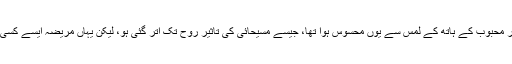
شاعرہ کو، تپتی ہوئی پیشانی پر محبوب کے ہاتھ کے لمس سے یوں محسوس ہوا تھا، جیسے مسیحائی کی تاثیر روح تک اتر گئی ہو، لیکن یہاں مریضہ ایسے کسی احساس سے کوسوں دور تھی۔